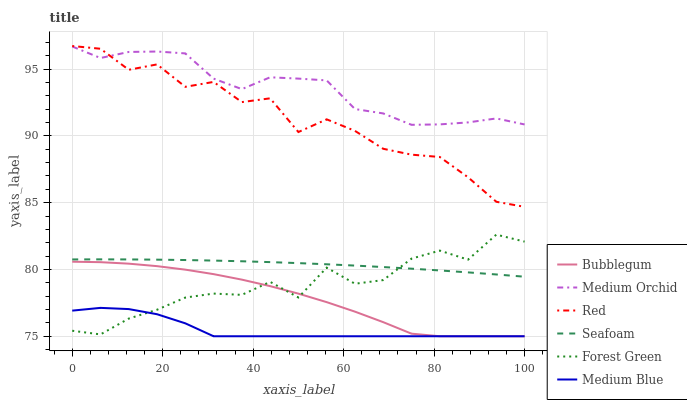
| xaxis_label | Bubblegum | Medium Orchid | Red | Seafoam | Forest Green | Medium Blue |
 | --- | --- | --- | --- | --- | --- | --- |
 | 0 | 80.6 | 96.7 | 96.7 | 80.8 | 75.4 | 76.9 |
 | 6.25 | 80.5 | 95.8 | 96.5 | 80.8 | 75.1 | 77.1 |
 | 12.5 | 80.4 | 96.3 | 95 | 80.8 | 76.3 | 77 |
 | 18.8 | 80.2 | 96.3 | 95.4 | 80.7 | 77 | 76.6 |
 | 25 | 80 | 96.2 | 93.7 | 80.7 | 77.9 | 76 |
 | 31.2 | 79.7 | 94.3 | 94 | 80.7 | 78.2 | 75 |
 | 37.5 | 79.2 | 93.5 | 92.5 | 80.6 | 78.1 | 75 |
 | 43.8 | 78.8 | 94.4 | 92.8 | 80.6 | 79.1 | 75 |
 | 50 | 78.2 | 94.3 | 90.3 | 80.5 | 77.9 | 75 |
 | 56.2 | 77.6 | 94.2 | 91.2 | 80.4 | 80.1 | 75 |
 | 62.5 | 76.8 | 92 | 90.4 | 80.3 | 78.9 | 75 |
 | 68.8 | 76.1 | 91.7 | 89 | 80.2 | 79.2 | 75 |
 | 75 | 75.2 | 90.8 | 88.6 | 80.1 | 80.8 | 75 |
 | 81.2 | 75 | 90.9 | 88.4 | 79.9 | 81.4 | 75 |
 | 87.5 | 75 | 91 | 86.9 | 79.8 | 80.7 | 75 |
 | 93.8 | 75 | 91.3 | 85.1 | 79.6 | 82.6 | 75 |
 | 100 | 75 | 90.9 | 84.7 | 79.5 | 82.1 | 75 |